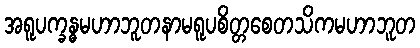
အရူပက္ခန္ဓမဟာဘူတနာမရူပစိတ္တစေတသိကမဟာဘူတ